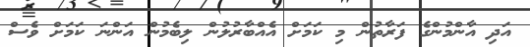
އަދި އާންމުންގެ ފަރާތުން މި ކަމަށް އެއްބާރުލުން ލިބެމުން އަންނަ ކަމަށް ވެސް